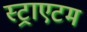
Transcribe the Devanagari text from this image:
स्ट्राएटम